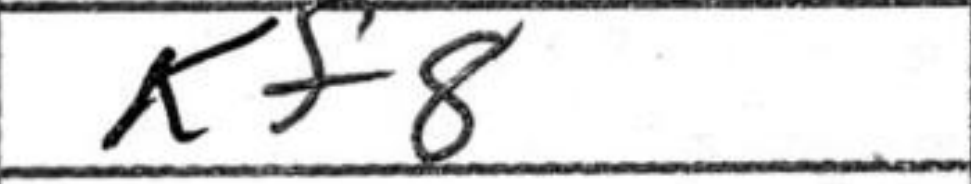
Transcription: Kf8